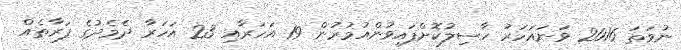
ނުވަތަ 2016 ވަނައަހަރު ހާސިލުކޮށްފައިވުންއުމުރުން 19 އަހަރާއި 23 އަހަރާ ދެމެދުގެ ފަރާތެއް